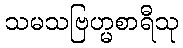
သမသဗြဟ္မစာရီသု